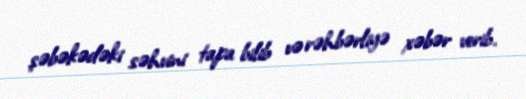
şəbəkədəki səhvini tapa bilib və rəhbərliyə xəbər verib.